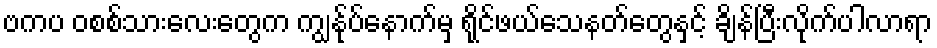
ဗကပ ဝစစ်သားလေးတွေက ကျွန်ုပ်နောက်မှ ရိုင်ဖယ်သေနတ်တွေနှင့် ချိန်ပြီးလိုက်ပါလာရာ